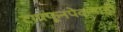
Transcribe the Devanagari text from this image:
टायफूनपेक्षाही